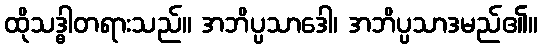
ထိုသဒ္ဓါတရားသည်။ အဘိပ္ပသာဒေါ၊ အဘိပ္ပသာဒမည်၏။